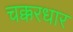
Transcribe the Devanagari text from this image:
चक्करधार